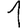
Digit: 1